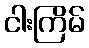
ငါးကြိမ်